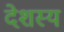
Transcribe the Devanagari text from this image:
देशस्य